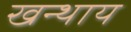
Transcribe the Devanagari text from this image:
खन्थाय